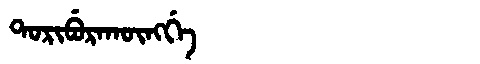
Manchu: ᡨᠣᡵᡳᠪᡠᡵᠠᡴᡡᠩᡤᡝ
Romanization: TORIBURAKŪNGGE